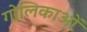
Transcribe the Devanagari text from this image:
गोलिकाओं